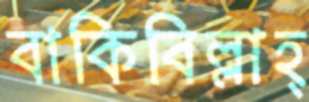
বাকিবিল্লাহ্